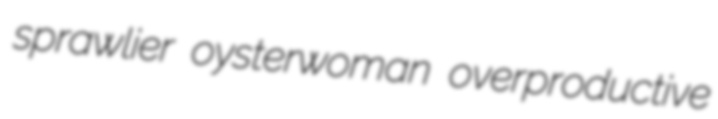
sprawlier oysterwoman overproductive